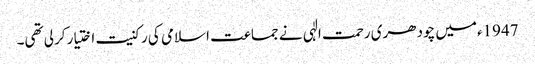
1947ءمیں چودھری رحمت الٰہی نے جماعت اسلامی کی رکنیت اختیار کرلی تھی۔